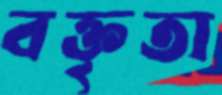
বক্তৃতা